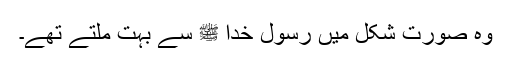
وہ صورت شکل میں رسول خدا ﷺ سے بہت ملتے تھے۔